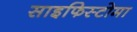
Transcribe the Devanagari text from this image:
साइफिस्टोमा